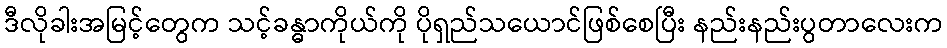
ဒီလိုခါးအမြင့်တွေက သင့်ခန္ဓာကိုယ်ကို ပိုရှည်သယောင်ဖြစ်စေပြီး နည်းနည်းပွတာလေးက